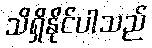
သိရှိနိုင်ပါသည်